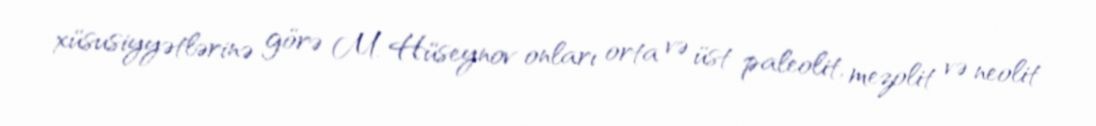
xüsusiyyətlərinə görə M. Hüseynov onları orta və üst paleolit, mezolit və neolit